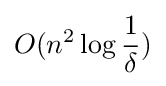
O(n^{2}\log {\frac {1}{\delta }})